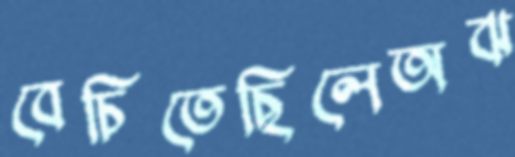
বেচিতেছিলেঅঝ